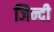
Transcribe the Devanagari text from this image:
जिन्दी